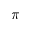
\pi